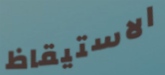
الاستيقاظ